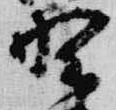
野